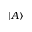
\vert A \rangle